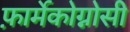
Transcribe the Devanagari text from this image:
फ़ार्मेकोग्नोसी